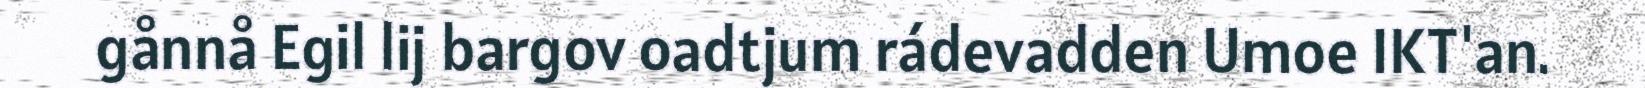
gånnå Egil lij bargov oadtjum rádevadden Umoe IKT'an.